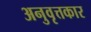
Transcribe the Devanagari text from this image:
अनुवृत्तकार